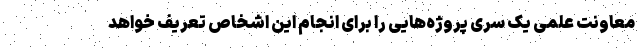
معاونت علمی یک سری پروژه‌هایی را برای انجام این اشخاص تعریف خواهد